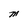
Character: M